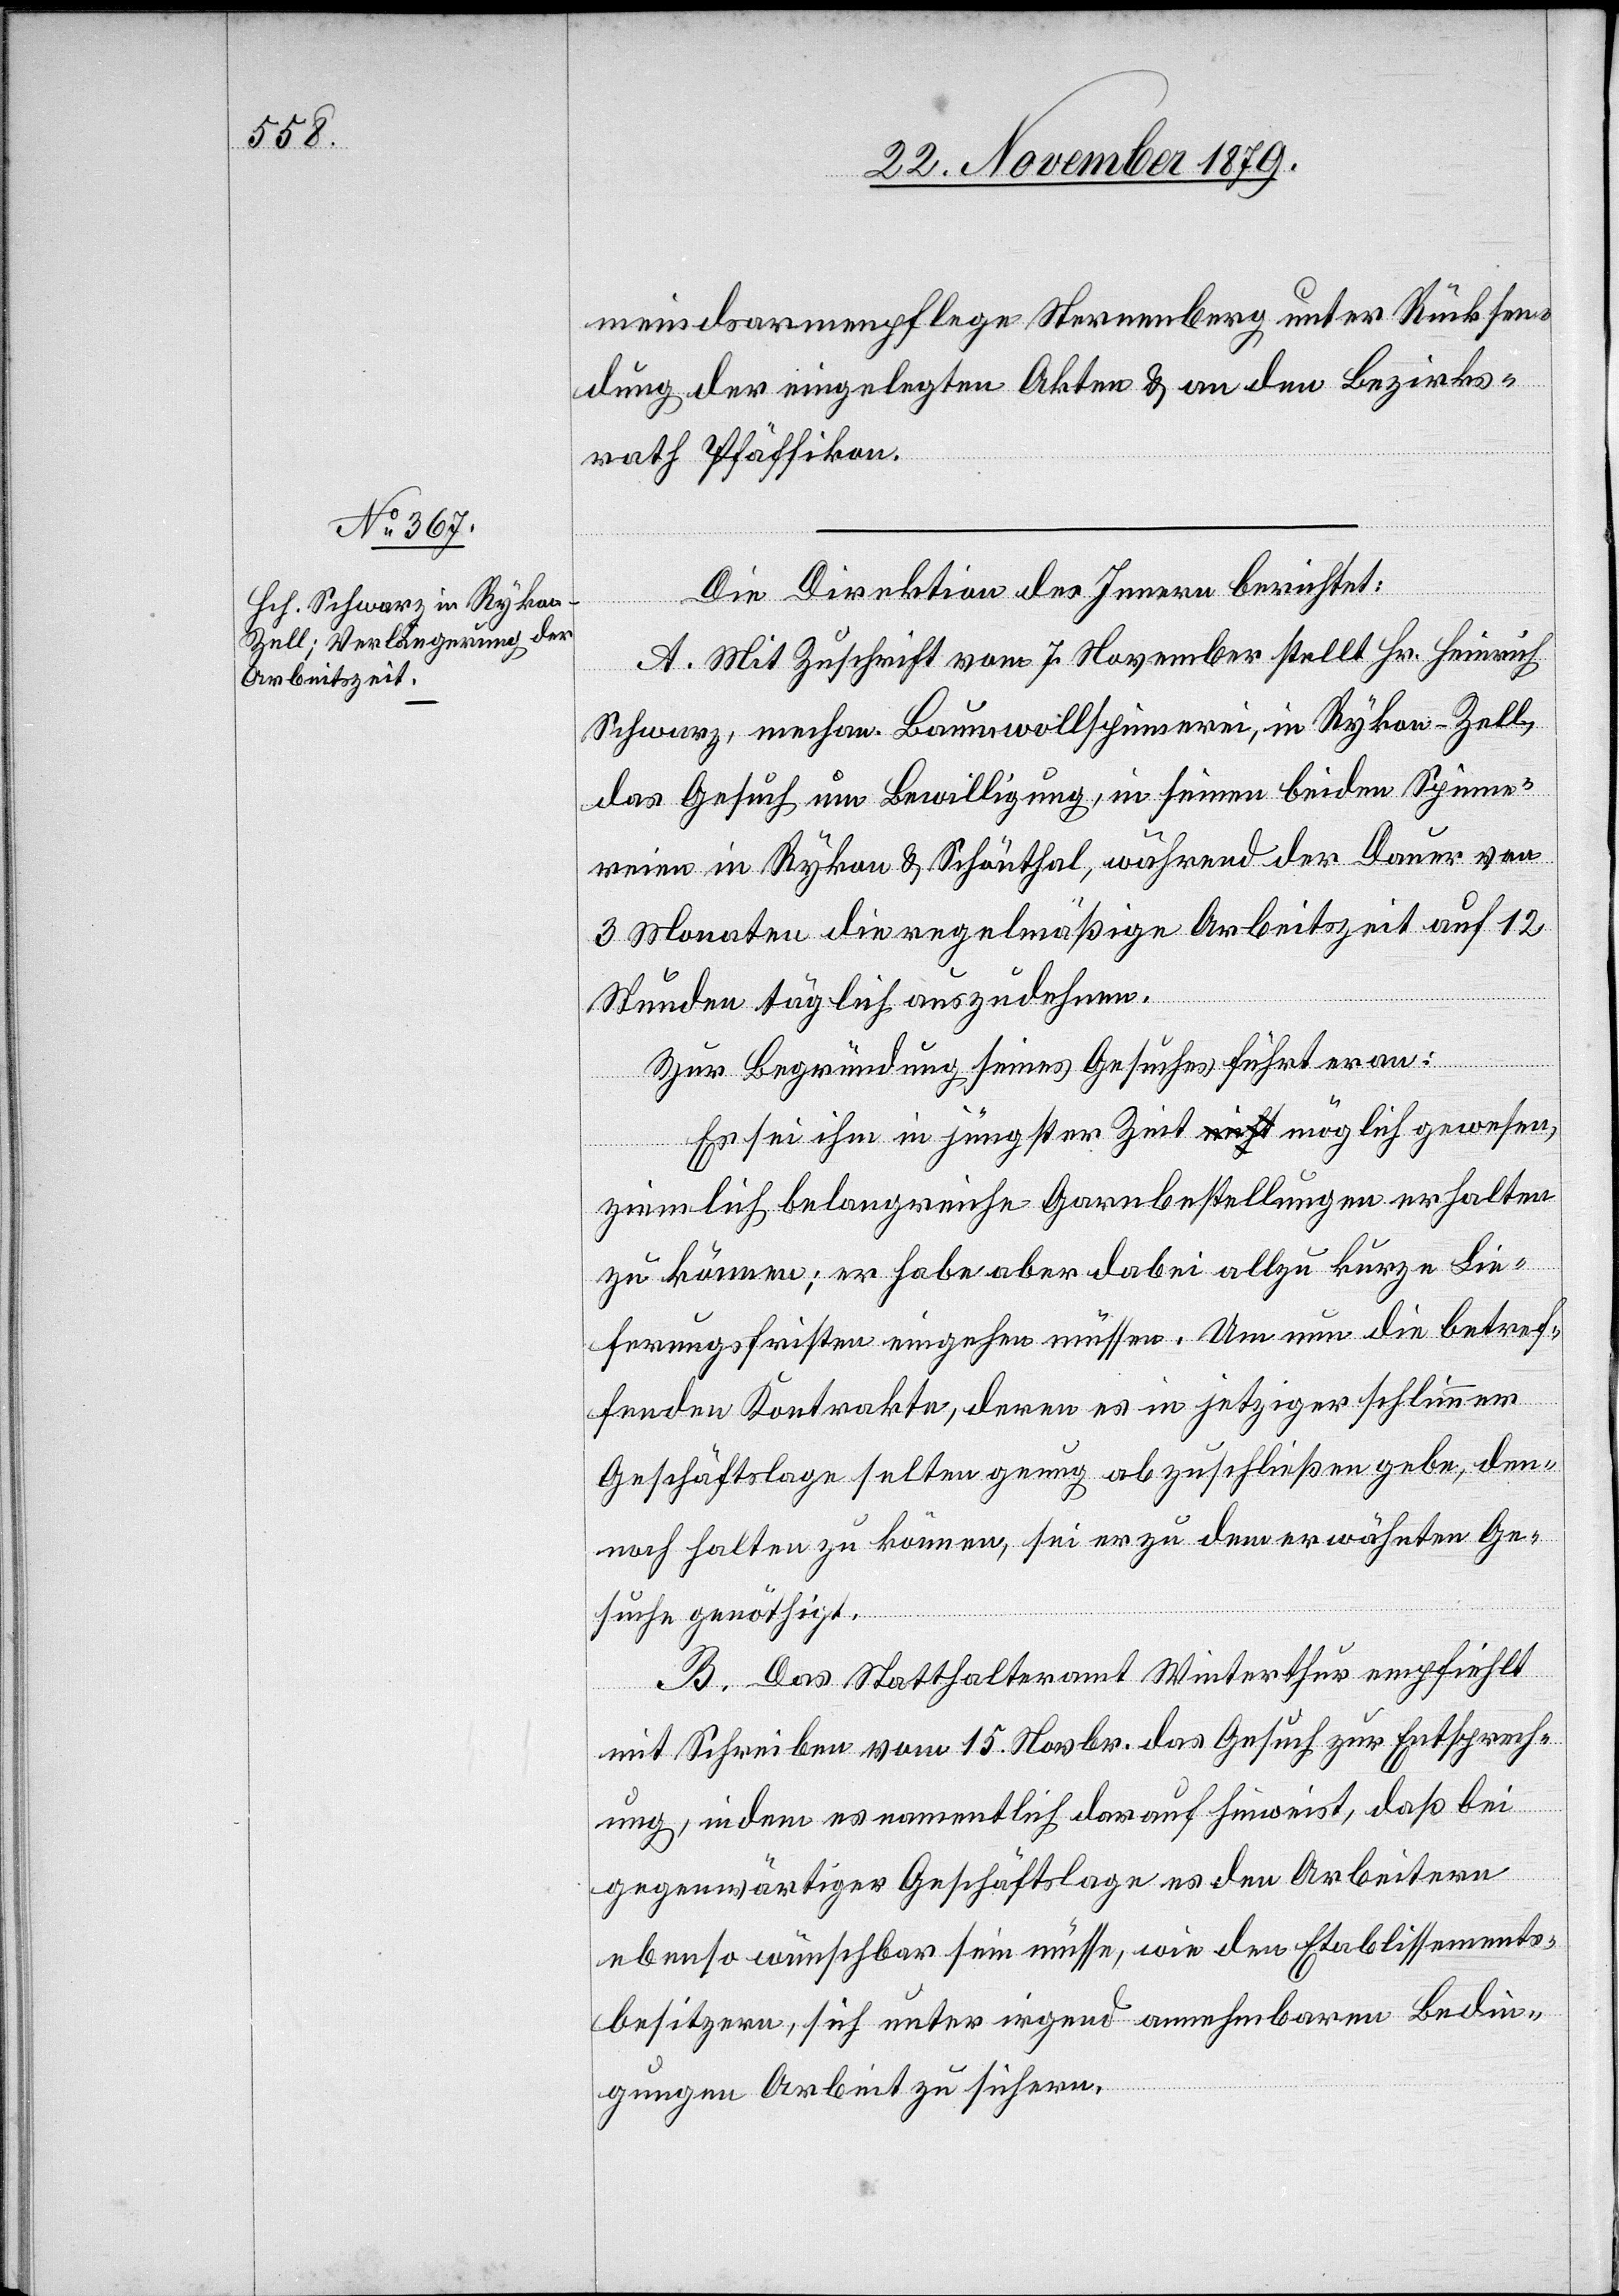
meindsarmenpflege Sternenberg unter Rücksen¬
dung der eingelegten Akten & an den Bezirks¬
rath Pfäffikon.
nern
A. Mit Zuschrift vom 7. November stellt Hr. Heinrich
Schwarz, mechan. Baumwollspinnerei, in Rykon - Zell,
das Gesuch um Bewilligung, in seinen beiden Spinne¬
reien in Rykon & Schönthal, während der Dauer von
3 Monaten die regelmäßige Arbeitszeit auf 12
Stunden täglich auszudehnen.
Zur Begründung seines Gesuches führt er an:
Es sei ihm in jüngster Zeit möglich gewesen,
ziemlich belangreiche Garnbestellungen erhalten
zu können; er habe aber dabei allzu kurze Lie¬
ferungsfristen eingehen müssen. Um nun die betref¬
fenden Kontrakte, deren es in jetziger schlimmen
Geschäftslage selten genug abzuschließen gebe, den¬
noch halten zu können, sei er zu dem erwähnten Ge¬
suche genöthigt.
B. Das Statthalteramt Winterthur empfiehlt
mit Schreiben vom 15. Novbr. das Gesuch zur Entsprech¬
ung, indem es namentlich darauf hinweist, daß bei
gegenwärtiger Geschäftslage es den Arbeitern
ebenso wünschbar sein müsse, wie den Etablissements¬
besitzern, sich unter irgend annehmbaren Bedin¬
gungen Arbeit zu sichern.